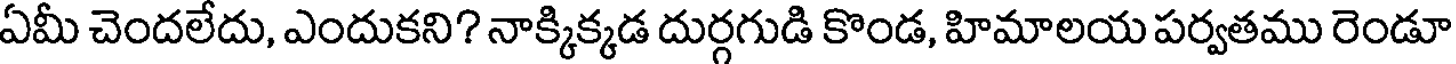
ఏమీ చెందలేదు, ఎందుకని? నాక్కిక్కడ దుర్గగుడి కొండ, హిమాలయ పర్వతము రెండూ